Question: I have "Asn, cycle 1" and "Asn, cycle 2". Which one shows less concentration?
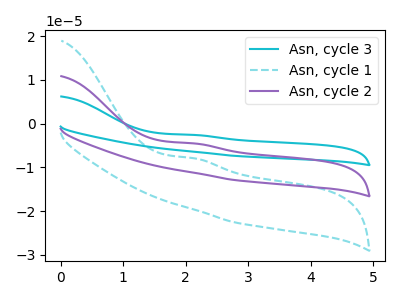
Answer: <think>The cyan curve "Asn, cycle 3" has an anodic peak at: (2.15V, -9.10uA). The cyan dashed curve "Asn, cycle 1" has an anodic peak at: (2.15V, -7.95uA). The purple curve "Asn, cycle 2" has an anodic peak at: (2.15V, -4.55uA).
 All the peaks in "Asn, cycle 1" have a peak in "Asn, cycle 2" at the same potential. Every peak in "Asn, cycle 1" is lower than every peak in "Asn, cycle 2".</think>
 <answer>"Asn, cycle 1" has less signal than "Asn, cycle 2" and so likely has a lower concentration.</answer>
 <eval>less_concentration</eval>